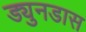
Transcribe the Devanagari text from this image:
ड्युनडास